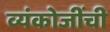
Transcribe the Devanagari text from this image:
व्यंकोजींची